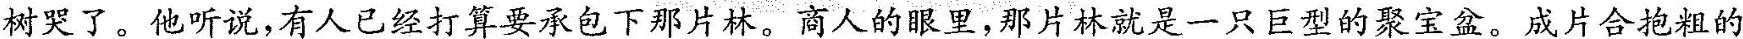
树哭了。他听说，有人已经打算要承包下那片林。商人的眼里那片林就是一只巨型的聚宝盆。成片合抱粗的